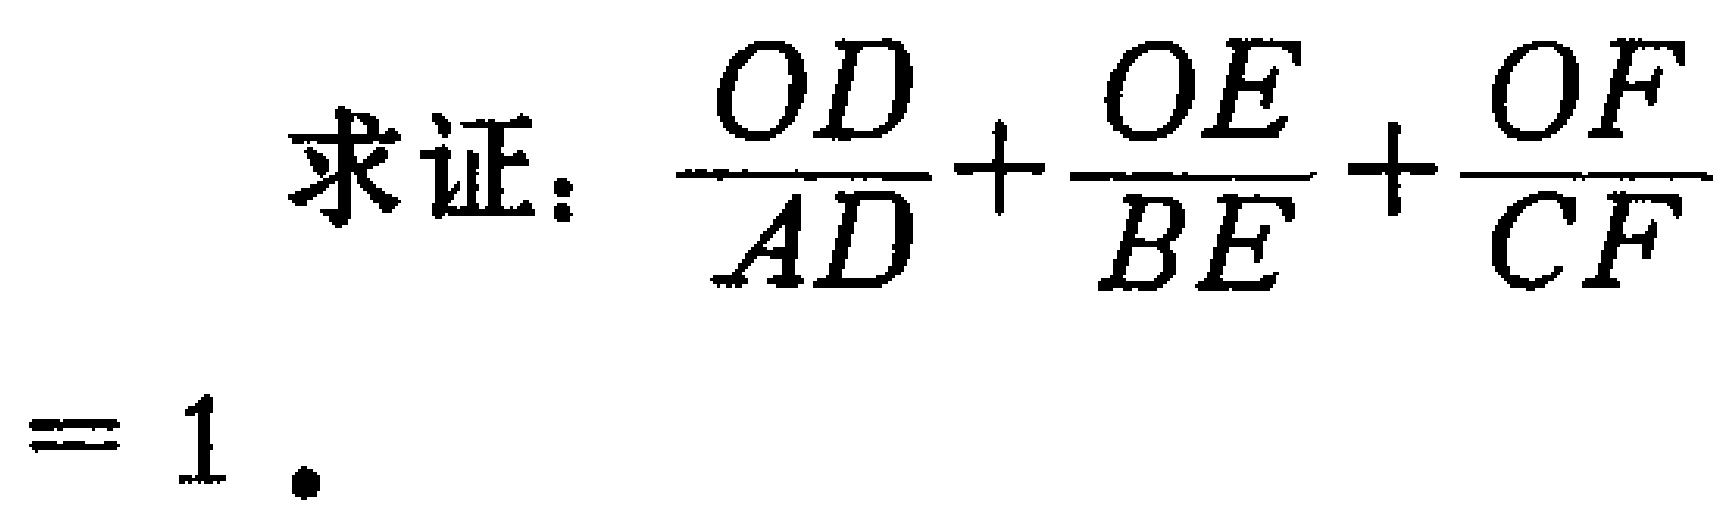
求证：\(\frac{OD}{AD}+\frac{OE}{BE}+\frac{OF}{CF}=1\)